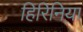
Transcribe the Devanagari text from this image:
हिरिनिया